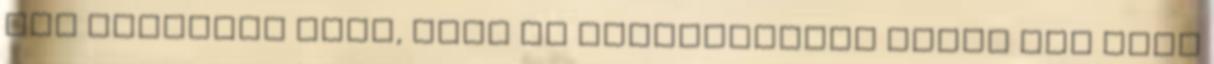
sem gondolok bele, hogy mi történhetett volna még azon